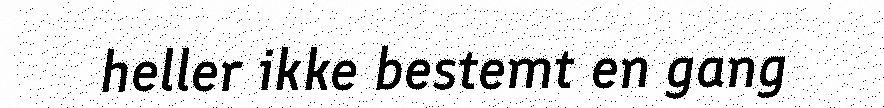
heller ikke bestemt en gang